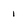
Character: 1